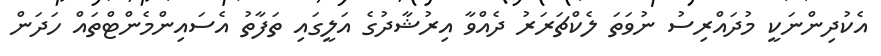
އެކުދިންނަކީ މުދައްރިސު ނުވަތަ ލެކްޗަރަރު ދެއްވާ އިރުޝާދުގެ އަލީގައި ތަފާތު އެސައިންމެންޓްތައް ހަދަން